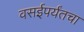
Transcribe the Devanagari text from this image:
वसईपर्यंतचा